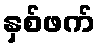
နှစ်ဖက်